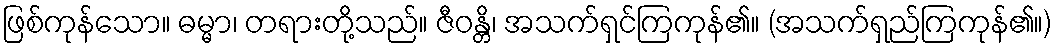
ဖြစ်ကုန်သော။ ဓမ္မာ၊ တရားတို့သည်။ ဇီဝန္တိ၊ အသက်ရှင်ကြကုန်၏။ (အသက်ရှည်ကြကုန်၏။)